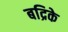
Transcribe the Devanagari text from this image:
बद्रिके